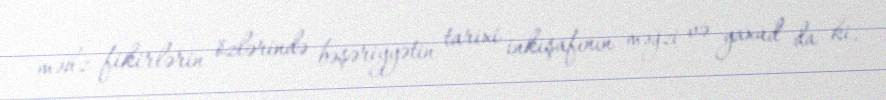
məhz fikirlərin özlərində bəşəriyyətin tarixi inkişafının məğzi və yaxud da ki,